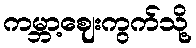
ကမ္ဘာ့ဈေးကွက်သို့